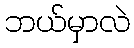
ဘယ်မှာလဲ